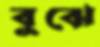
বুঝে